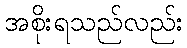
အစိုးရသည်လည်း